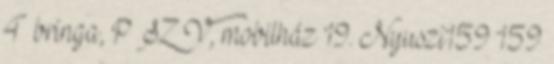
4 bringa, P SZ V, mobilház 19. Nyuszi159 159